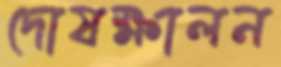
দোষক্ষালন